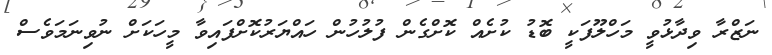
ނަޒްރާ ވިދާޅުވީ މަހްލޫފަކީ ބޮޑު ކުށެއް ކޮށްގެން ފުލުހުން ހައްޔަރުކޮށްފައިވާ މީހަކަށް ނުވިނަމަވެސް